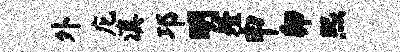
外庀滇邛明殪申卯熙